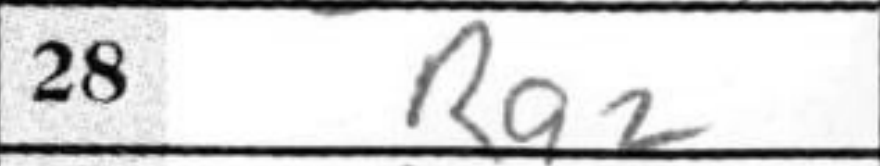
Transcription: Ra2